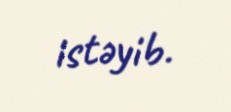
istəyib.